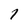
Character: 1